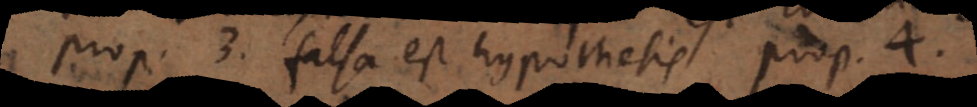
prop. 3, falsa est hypothesis prop. 4.